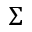
\Sigma